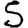
Digit: 5